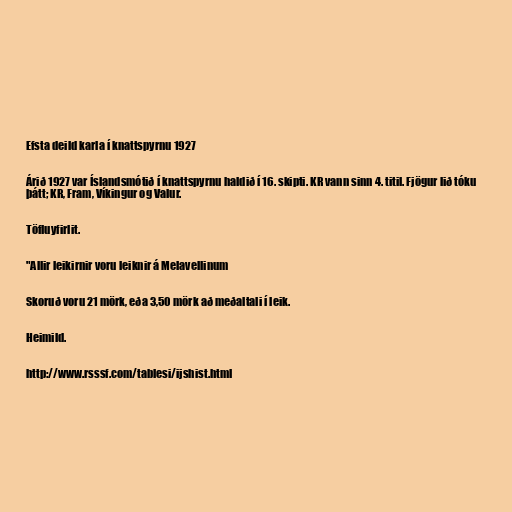
Efsta deild karla í knattspyrnu 1927

Árið 1927 var Íslandsmótið í knattspyrnu haldið í 16. skipti. KR vann sinn 4. titil. Fjögur lið tóku
þátt; KR, Fram, Víkingur og Valur.

Töfluyfirlit.

"Allir leikirnir voru leiknir á Melavellinum

Skoruð voru 21 mörk, eða 3,50 mörk að meðaltali í leik.

Heimild.

http://www.rsssf.com/tablesi/ijshist.html